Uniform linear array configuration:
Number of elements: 8
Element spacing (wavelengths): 0.5
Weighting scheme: kaiser
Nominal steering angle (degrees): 45
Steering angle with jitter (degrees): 44.873
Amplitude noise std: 0.05
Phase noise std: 0.05

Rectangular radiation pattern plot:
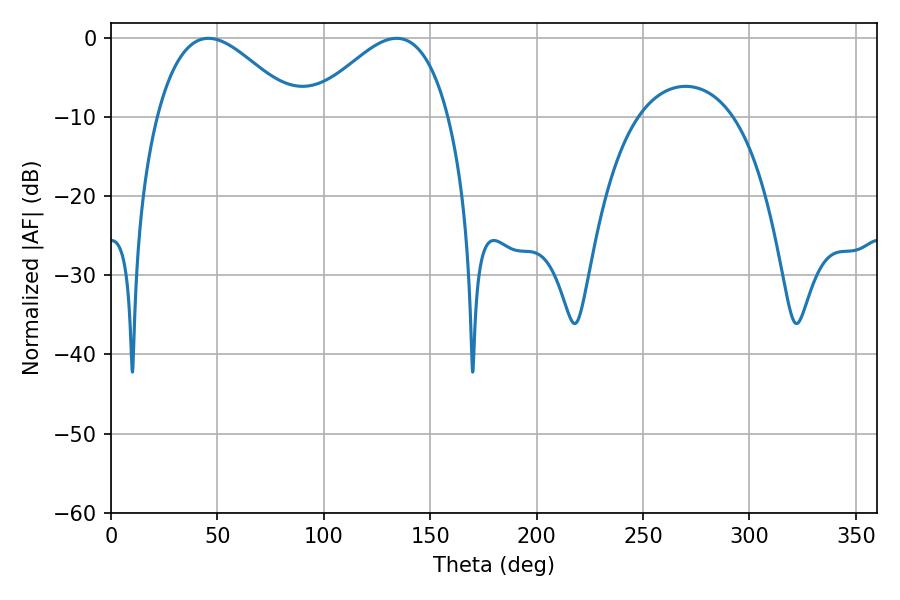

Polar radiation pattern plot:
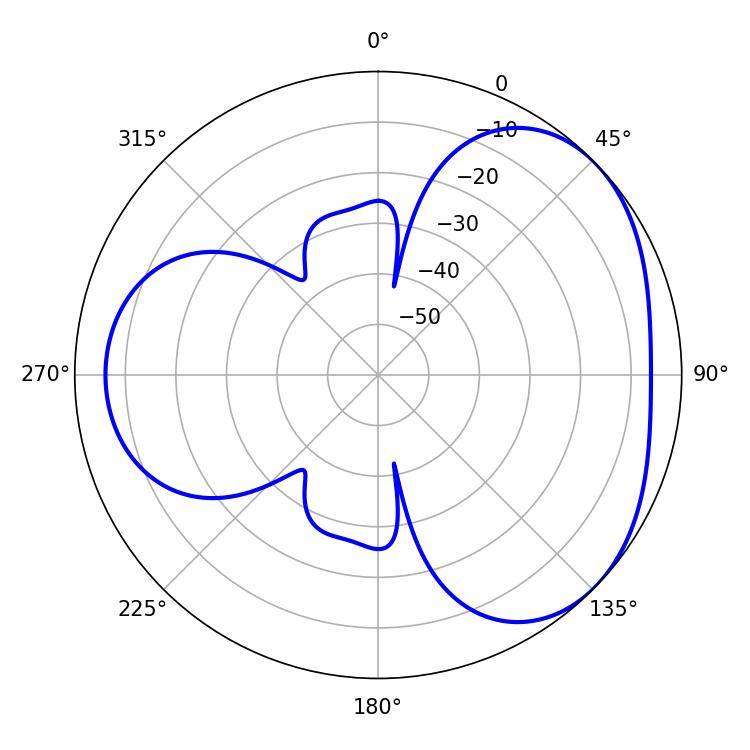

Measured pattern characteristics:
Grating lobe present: FALSE
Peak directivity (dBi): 3.645
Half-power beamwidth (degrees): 35.28
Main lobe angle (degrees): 45.72